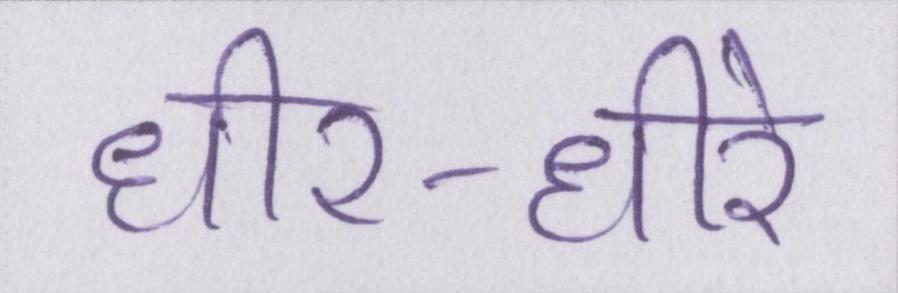
धीर-धीरे